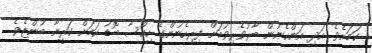
ކަމަށެވެ. އަދި އަންހެނުން ބާރުވެރިވުމަށް ފިރިހެނުންގެ ހިއްސާ ބޮޑު ކަމަށް ކަރީނާ ބުންޏެވެ.